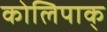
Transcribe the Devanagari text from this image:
कोलिपाक्